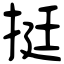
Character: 挺